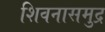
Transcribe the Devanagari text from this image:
शिवनासमुद्र